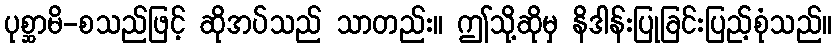
ပုစ္ဆာမိ-စသည်ဖြင့် ဆိုအပ်သည် သာတည်း။ ဤသို့ဆိုမှ နိဒါန်းပြုခြင်းပြည့်စုံသည်။